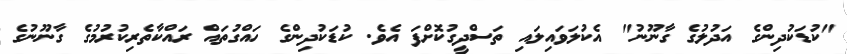
"ކުޑަކުދިންގެ އަދުލުގެ ގާނޫނު" އެކުލަވައިލައި ތަސްދީގުކޮށްފަ އެވެ. ކުޑަކުދިންގެ ހައްގުތައް ރައްކާތެރިކުރުމުގެ ގާނޫނުގެ